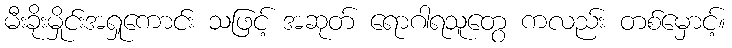
မီးခိုးမှိုင်းအရှုကောင်း သဖြင့် အဆုတ် ရောဂါရသူတွေ ကလည်း တစ်မှောင့်။